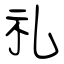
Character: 礼